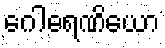
ဂေါဓရဏိယော